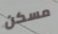
مسكن